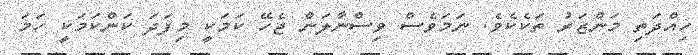
ހިއްދަތި މަންޒަރު ތަކެކެވެ. ނަމަވެސް ވިސްނާލަން ޖެހޭ ކަމަކީ މިފަދަ ކަންކަމަކީ ހަމަ